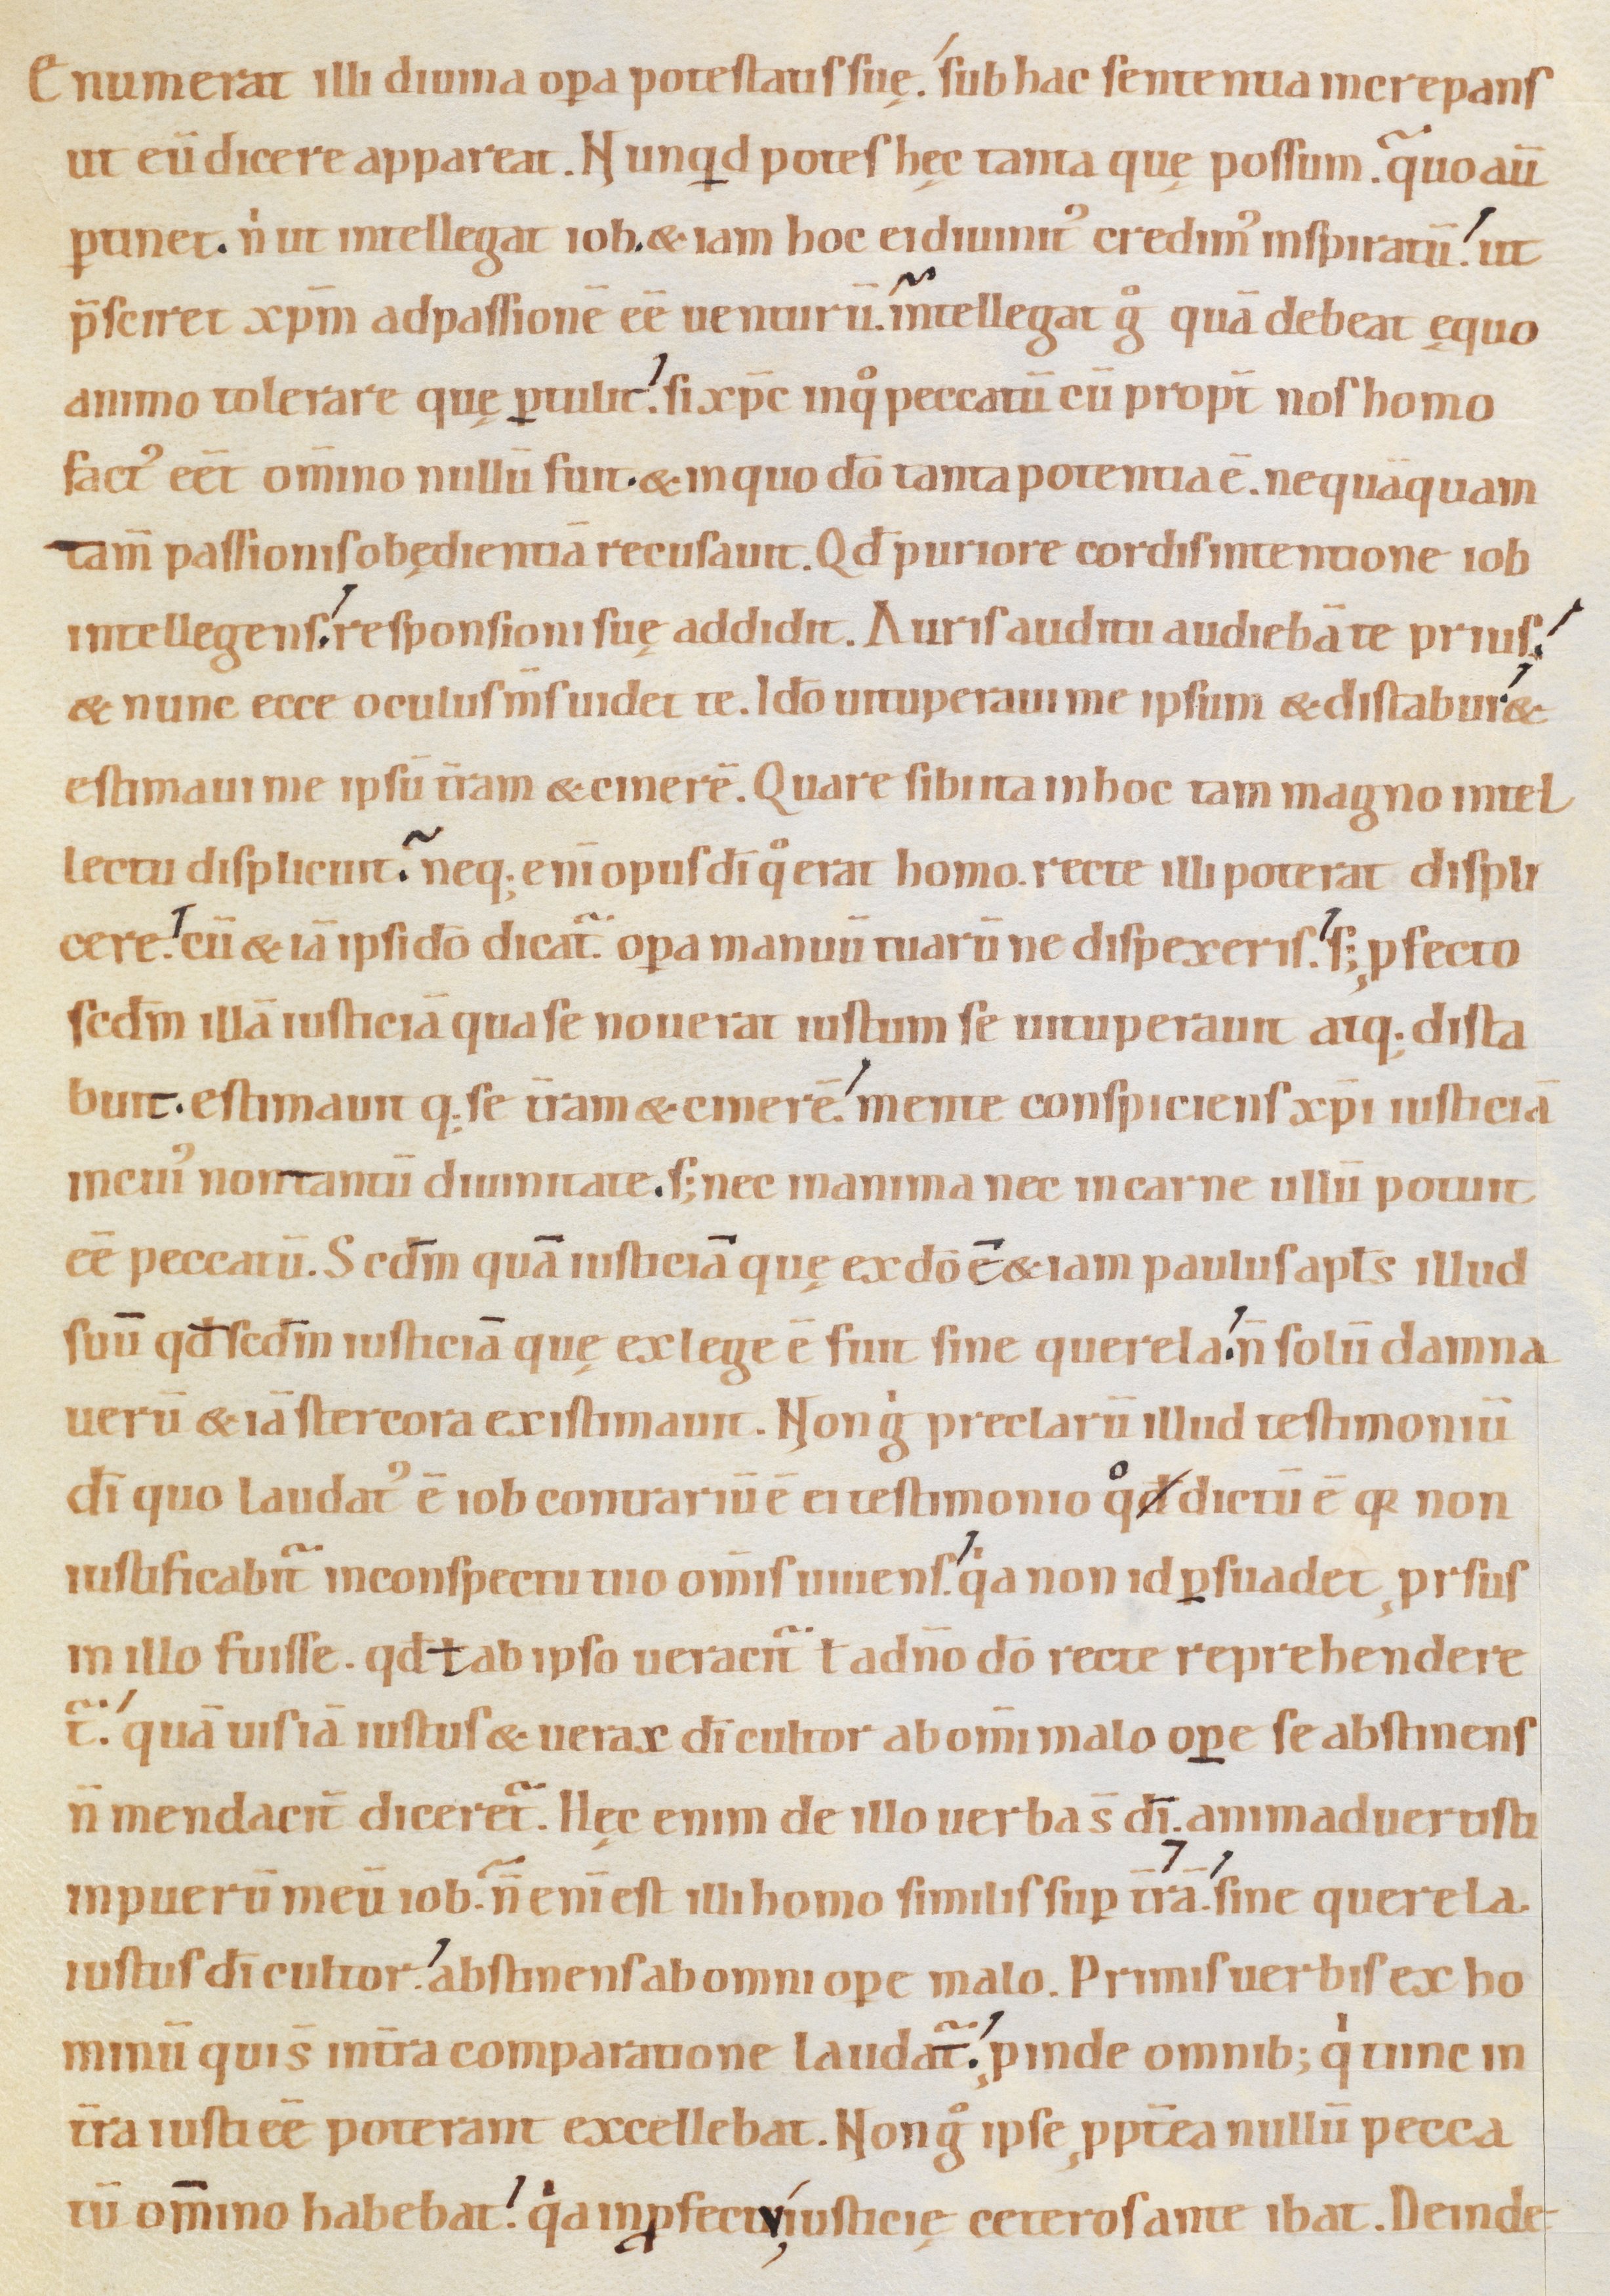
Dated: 1080–1096